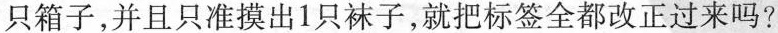
只箱子，并且只准摸出1只袜子，就把标签全都改正过来吗?